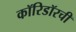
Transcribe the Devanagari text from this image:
कॉरिडॉरची